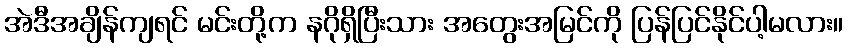
အဲဒီအချိန်ကျရင် မင်းတို့က နဂိုရှိပြီးသား အတွေးအမြင်ကို ပြန်ပြင်နိုင်ပါ့မလား။